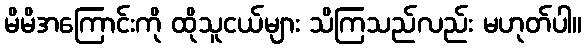
မိမိအကြောင်းကို ထိုသူငယ်များ သိကြသည်လည်း မဟုတ်ပါ။